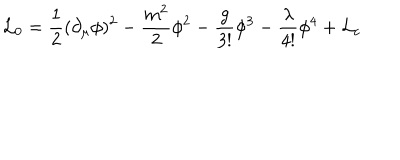
{ \cal L } _ { 0 } = { \frac { 1 } { 2 } } ( \partial _ { \mu } \phi ) ^ { 2 } - { \frac { m ^ { 2 } } { 2 } } \phi ^ { 2 } - { \frac { g } { 3 ! } } \phi ^ { 3 } - { \frac { \lambda } { 4 ! } } \phi ^ { 4 } + { \cal L } _ { c }